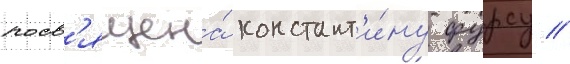
посв'ящена́ констант'и́ну фурсу //